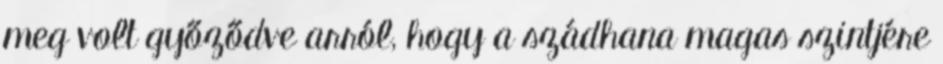
meg volt győződve arról, hogy a szádhana magas szintjére